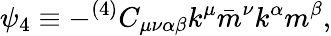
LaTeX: \psi_{4}\equiv-^{(4)}C_{\mu\nu\alpha\beta}k^{\mu}\bar{m}^{\nu}k^{\alpha}m^{\beta},